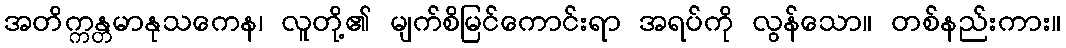
အတိက္ကန္တမာနုသကေန၊ လူတို့၏ မျက်စိမြင်ကောင်းရာ အရပ်ကို လွန်သော။ တစ်နည်းကား။